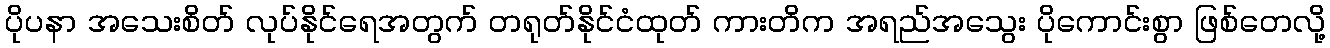
ပိုပနာ အသေးစိတ် လုပ်နိုင်ရေအတွက် တရုတ်နိုင်ငံထုတ် ကားတိက အရည်အသွေး ပိုကောင်းစွာ ဖြစ်တေလို့